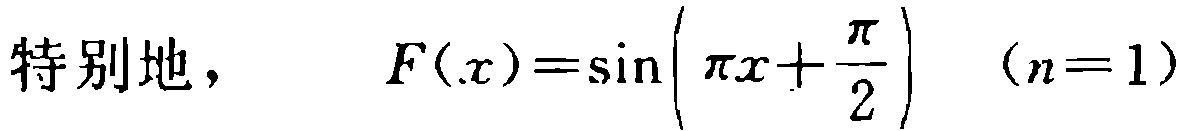
特别地，\(F(x)=\sin\left(\pi x+\frac{\pi}{2}\right)\quad (n = 1)\)